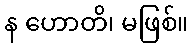
န ဟောတိ၊ မဖြစ်။